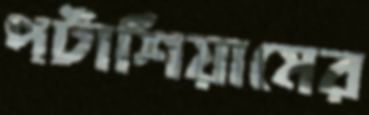
পটাশিয়ামের